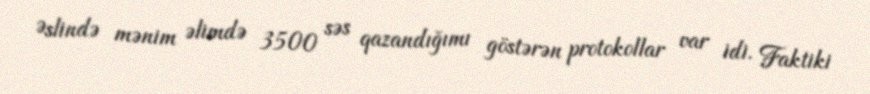
Əslində mənim əlimdə 3500 səs qazandığımı göstərən protokollar var idi. Faktiki